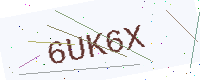
Text: 6UK6X